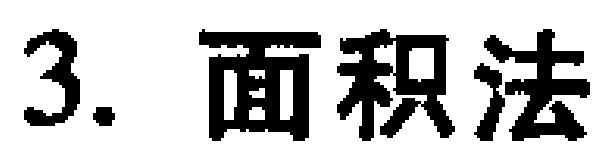
3. 面积法